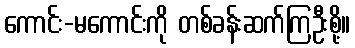
ကောင်း-မကောင်းကို တစ်ခန်းဆက်ကြဦးစို့။